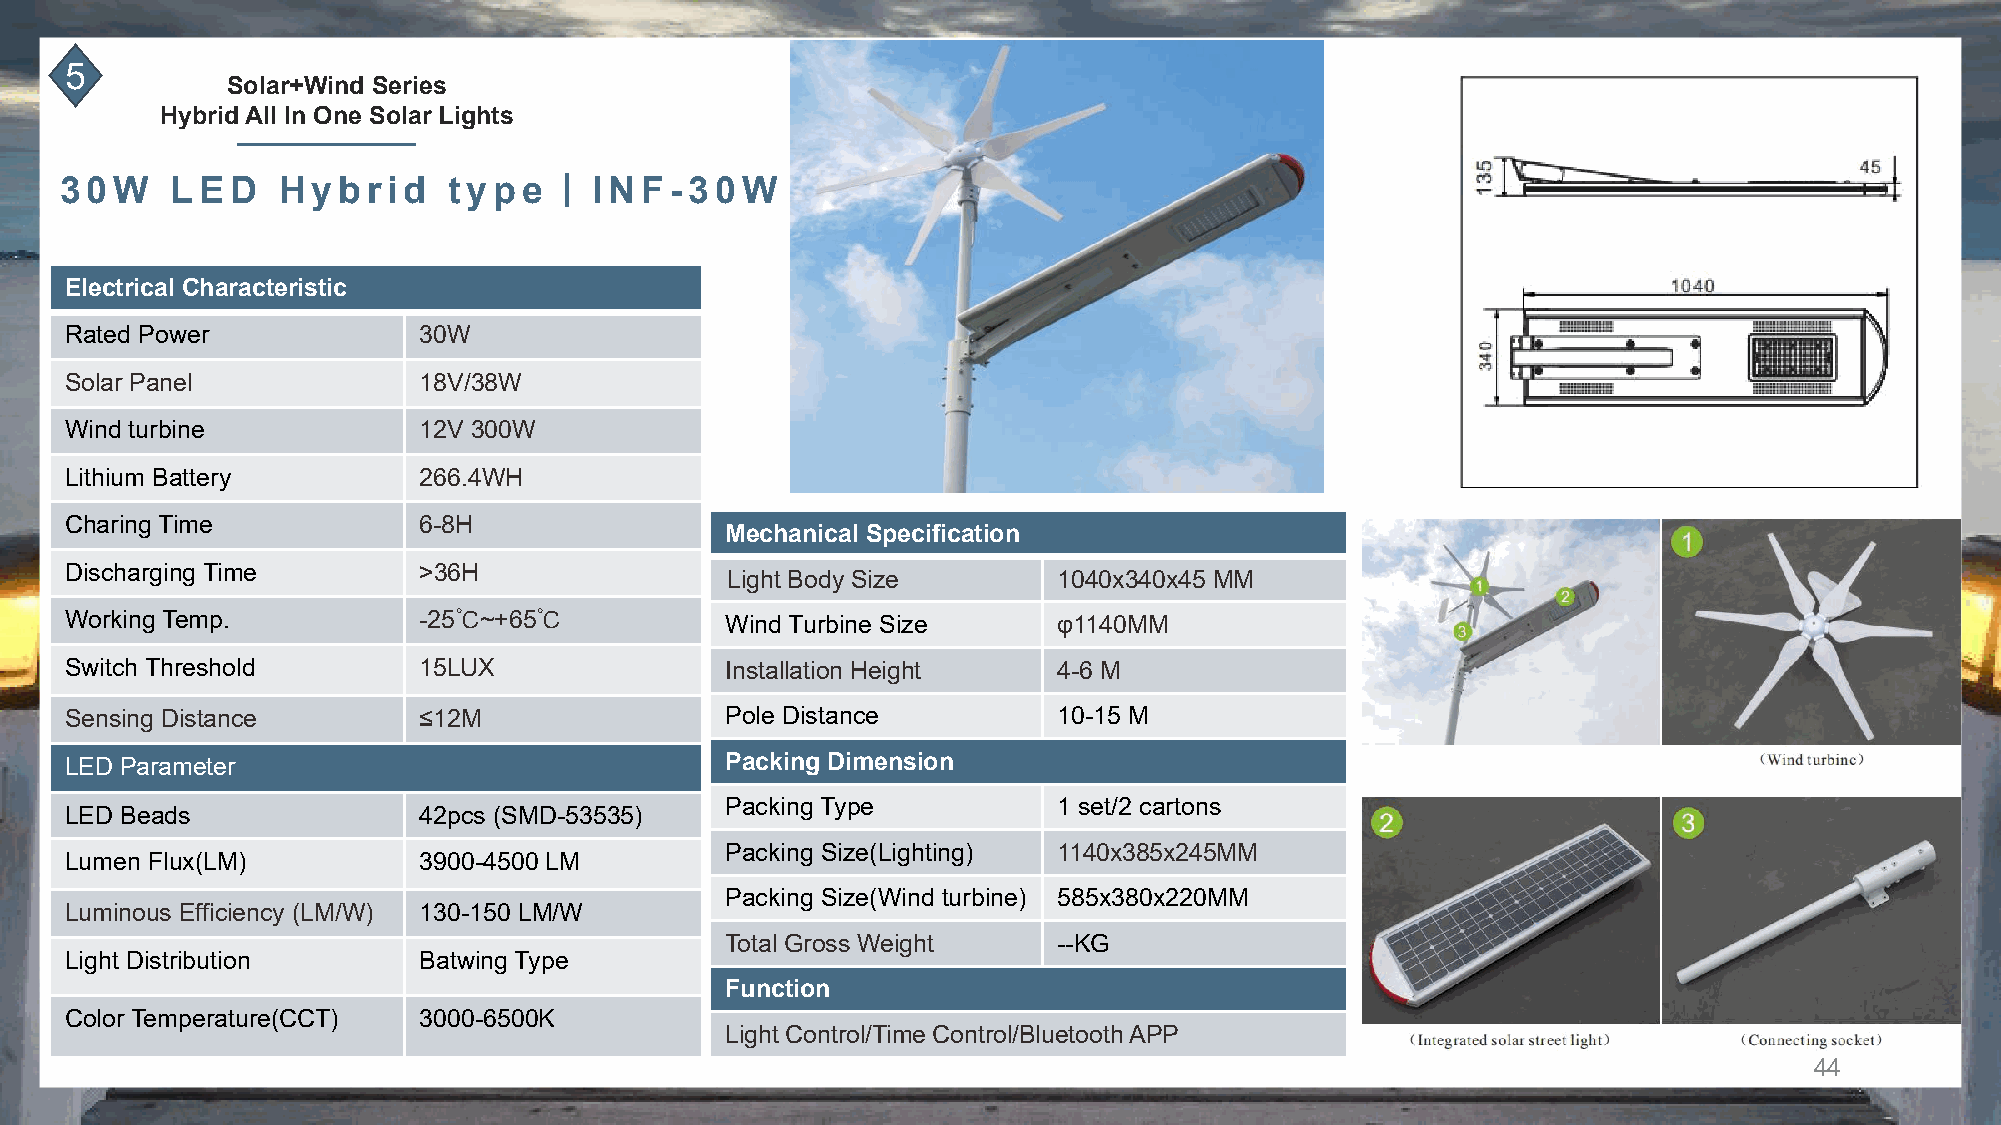
5
 Solar+Wind Series
 Hybrid All In One Solar Lights
 丨
 30W    LED    Hybrid      type     INF-30W
 Electrical Characteristic
 Rated Power             30W
 Solar Panel             18V/38W
 Wind turbine            12V 300W
 Lithium Battery         266.4WH
 Charing Time            6-8H
 Mechanical Specification
 Discharging Time        >36H
 Light Body Size       1040x340x45 MM
 Working Temp.           -25℃~+65℃           Wind Turbine Size     φ1140MM
 Switch Threshold        15LUX               Installation Height   4-6 M
 Sensing Distance        ≤12M                Pole Distance         10-15 M
 LED Parameter                               Packing Dimension
 Packing Type          1 set/2 cartons
 LED Beads               42pcs (SMD-53535)
 Packing Size(Lighting) 1140x385x245MM
 Lumen Flux(LM)          3900-4500 LM
 Packing Size(Wind turbine) 585x380x220MM
 Luminous Efficiency (LM/W) 130-150 LM/W
 Total Gross Weight    --KG
 Light Distribution      Batwing Type
 Function
 Color Temperature(CCT)  3000-6500K
 Light Control/Time Control/Bluetooth APP
 44